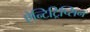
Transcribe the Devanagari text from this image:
ऐन्टिट्रिप्सिन